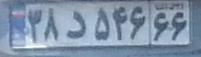
۳۸د۵۳۶۶۶